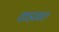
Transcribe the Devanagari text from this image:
कड्याल